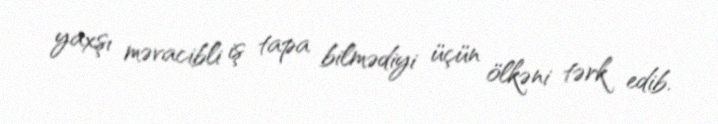
yaxşı məvacibli iş tapa bilmədiyi üçün ölkəni tərk edib.